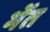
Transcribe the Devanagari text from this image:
भेंत